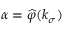
\alpha = \widehat { \varphi } ( \boldsymbol { k } _ { \sigma } )